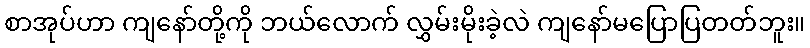
စာအုပ်ဟာ ကျနော်တို့ကို ဘယ်လောက် လွှမ်းမိုးခဲ့လဲ ကျနော်မပြောပြတတ်ဘူး။